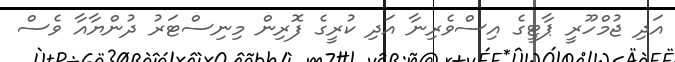
އަދި ޖުމްހޫރީ ޕާޓީގެ އިސްވެރިނާ އަދި ކުރީގެ ފޮރިން މިނިސްޓަރު ދުންޔާއާ ވެސް